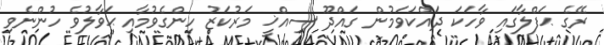
ރޭގެ ޙަފްލާގައި ވާހަކަ ދައްކަވަމުން ގައްދޫ ސިއްޚީ މަރުކަޒު ހިންގެވުމާއި ޙަވާލުވެ ހުންނެވި